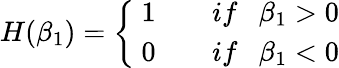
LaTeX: H(\beta_{1})=\left\{ \begin{array}{c}{\ 1~~~~~~~~if~~~\beta_{1}>0}\\ {\ 0~~~~~~~~if~~~\beta_{1}<0}\end{array}\right.